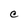
Character: C